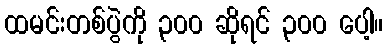
ထမင်းတစ်ပွဲကို ၃၀၀ ဆိုရင် ၃၀၀ ပေါ့။